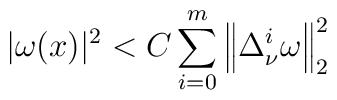
|\omega(x)|^2<C\sum^m_{i=0}\left\|\Delta^i_\nu\omega\right\|^2_{2}